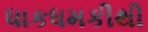
ધાકધમકીથી